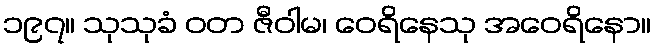
၁၉၇။ သုသုခံ ဝတ ဇီဝါမ၊ ဝေရိနေသု အဝေရိနော။